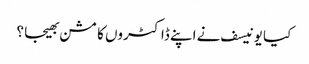
کیا یونیسف نے اپنے ڈاکٹروں کا مشن بھیجا ؟